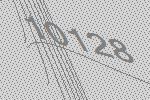
10128